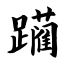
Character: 躏